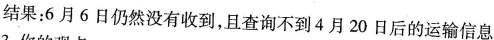
结果：6月6日仍然没有收到，且查询不到4月20日后的运输信息